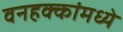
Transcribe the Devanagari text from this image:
वनहक्कांमध्ये